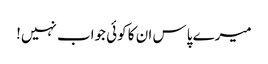
میرے پاس ان کا کوئی جواب نہیں!